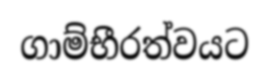
ගාම්භීරත්වයට